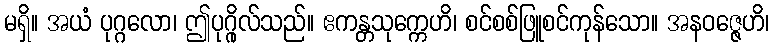
မရှိ။ အယံ ပုဂ္ဂလော၊ ဤပုဂ္ဂိုလ်သည်။ ဧကန္တသုက္ကေဟိ၊ စင်စစ်ဖြူစင်ကုန်သော။ အနဝဇ္ဇေဟိ၊